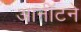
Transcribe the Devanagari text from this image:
आर्नॉटने